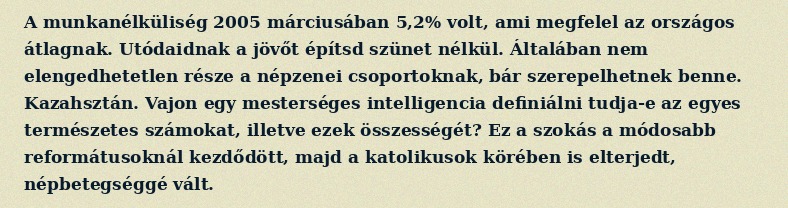
A munkanélküliség 2005 márciusában 5,2% volt, ami megfelel az országos átlagnak. Utódaidnak a jövőt építsd szünet nélkül. Általában nem elengedhetetlen része a népzenei csoportoknak, bár szerepelhetnek benne. Kazahsztán. Vajon egy mesterséges intelligencia definiálni tudja-e az egyes természetes számokat, illetve ezek összességét? Ez a szokás a módosabb reformátusoknál kezdődött, majd a katolikusok körében is elterjedt, népbetegséggé vált.